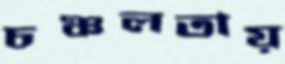
চঞ্চলতায়